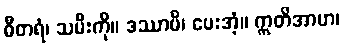
ဓီတရံ၊ သမီးကို။ ဒဿာမိ၊ ပေးအံ့။ ဣတိအာဟ၊